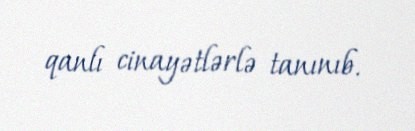
qanlı cinayətlərlə tanınıb.